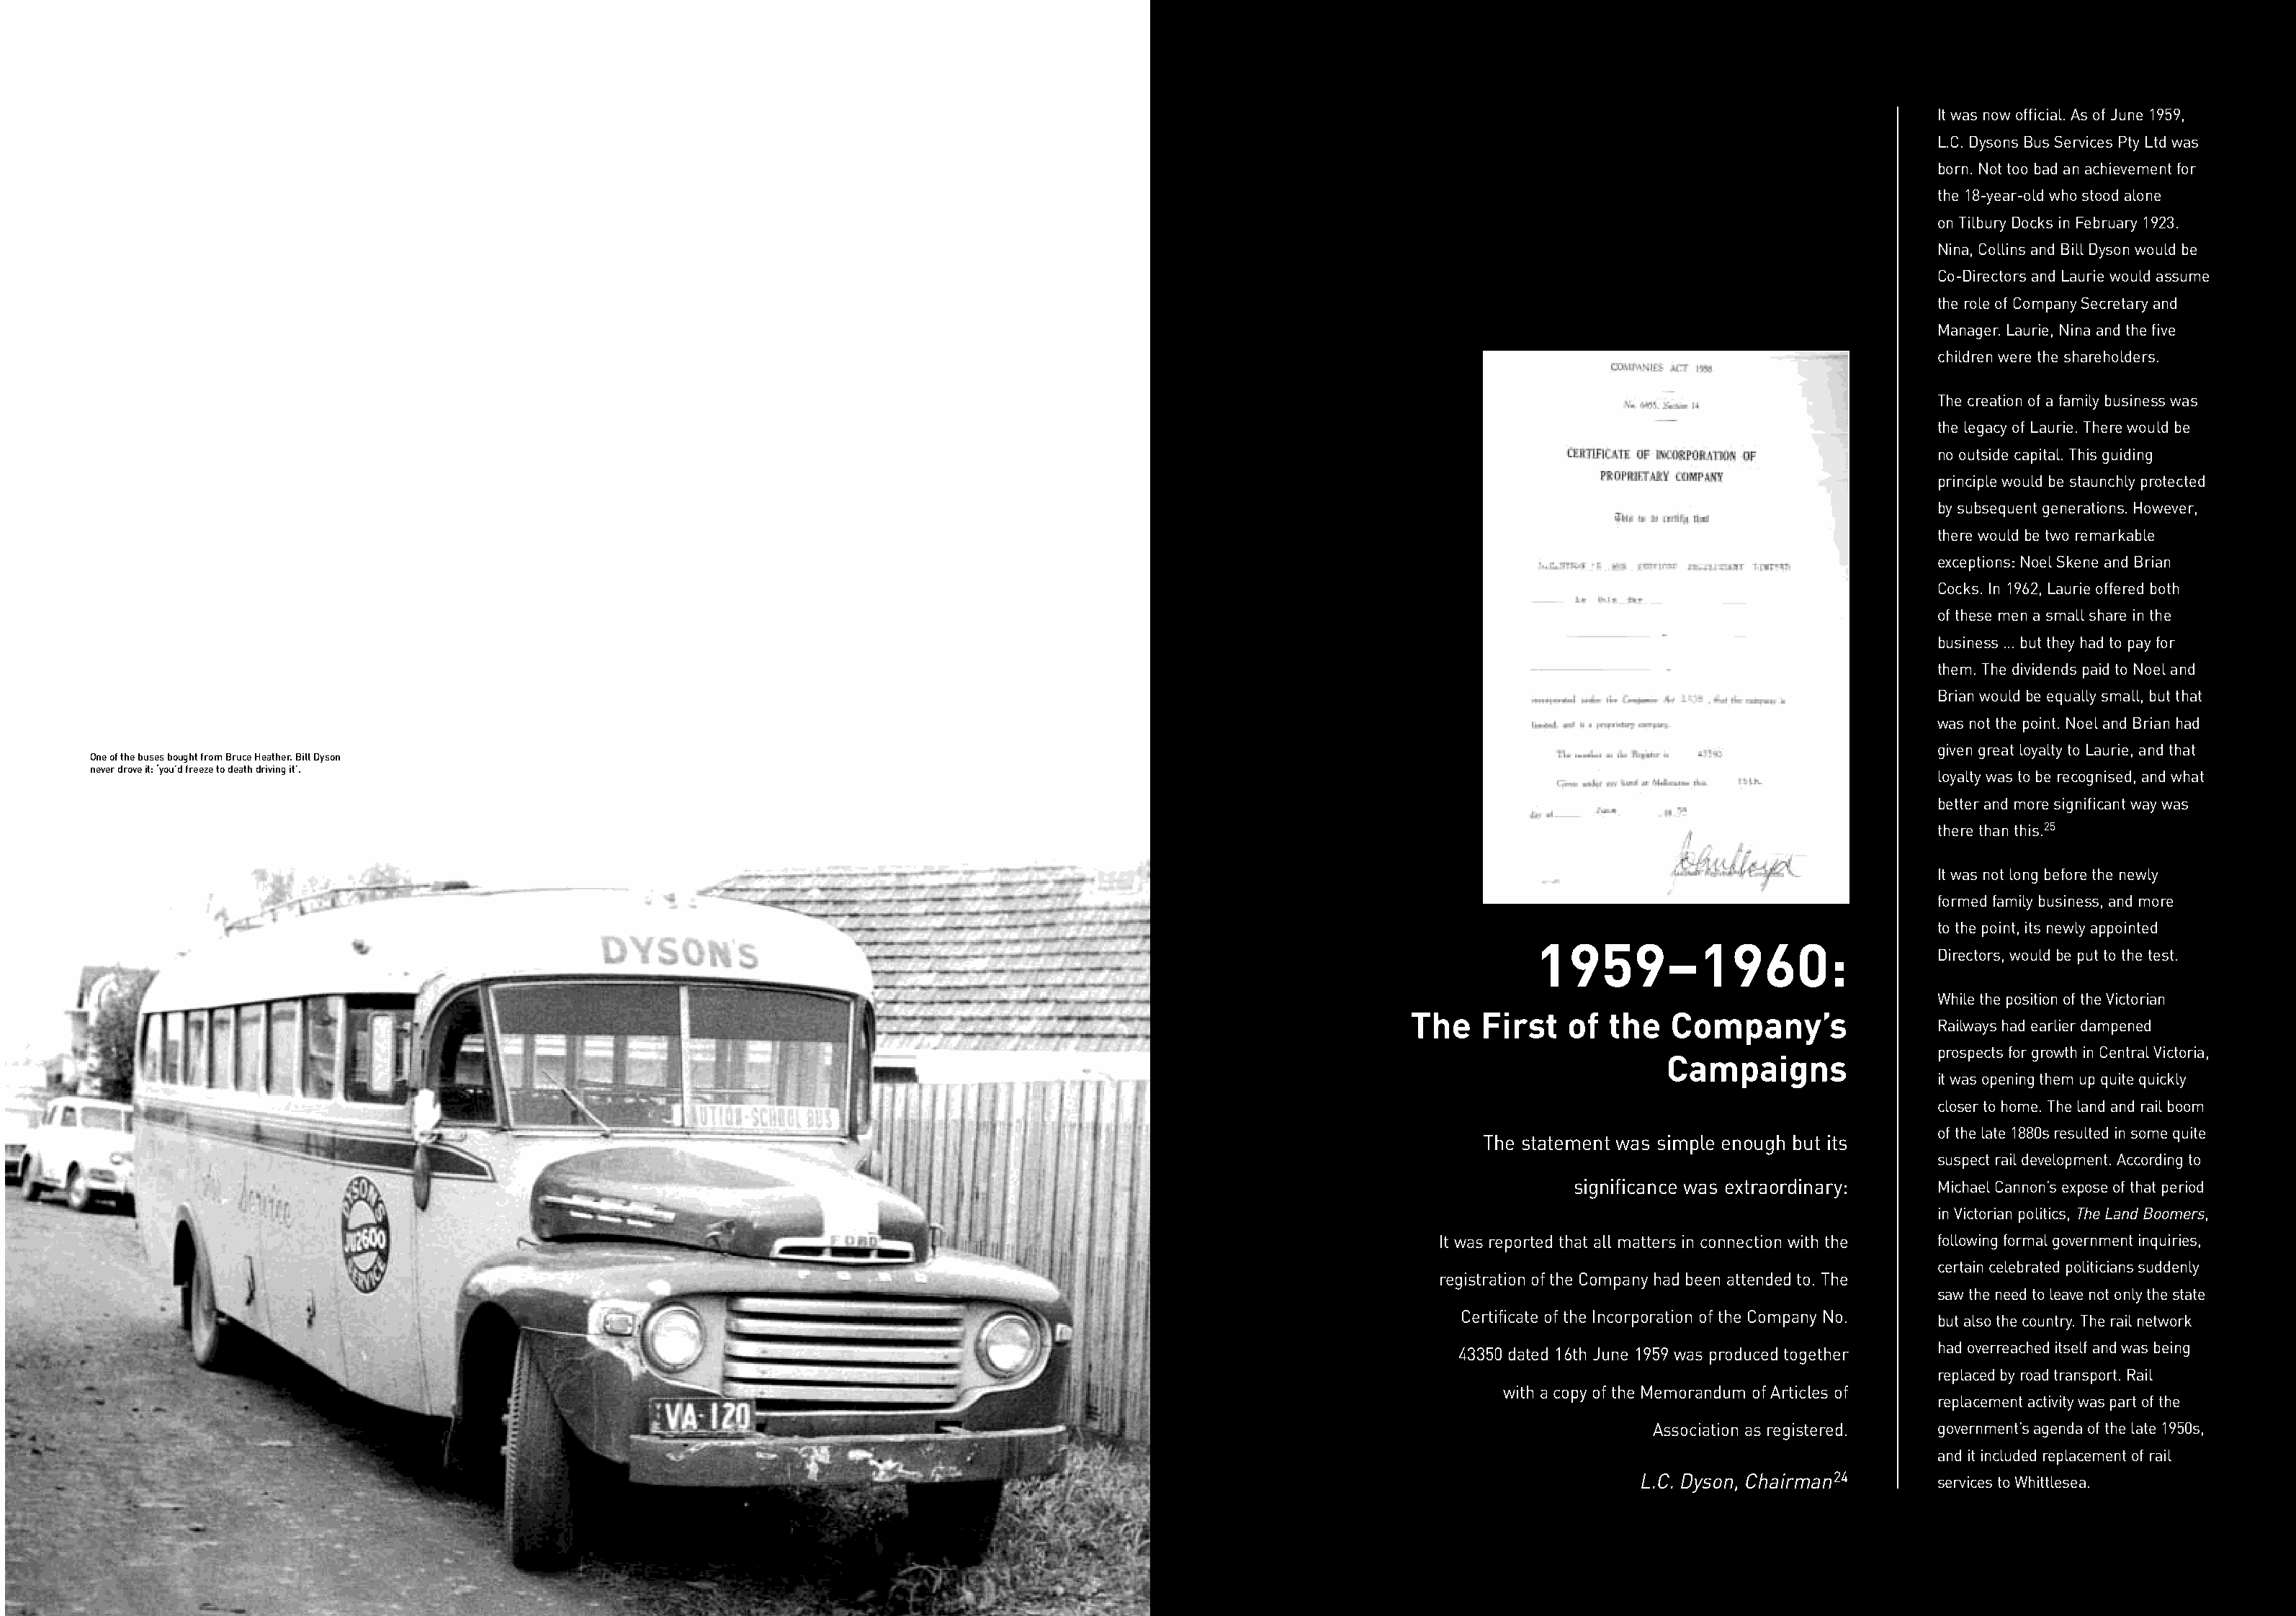
It was now official. As of June 1959,
 L.C. Dysons Bus Services Pty Ltd was
 born. Not too bad an achievement for
 the 18-year-old who stood alone
 on Tilbury Docks in February 1923.
 Nina, Collins and Bill Dyson would be
 Co-Directors and Laurie would assume
 the role of Company Secretary and
 Manager. Laurie, Nina and the five
 children were the shareholders.
 The creation of a family business was
 the legacy of Laurie. There would be
 no outside capital. This guiding
 principle would be staunchly protected
 by subsequent generations. However,
 there would be two remarkable
 exceptions: Noel Skene and Brian
 Cocks. In 1962, Laurie offered both
 of these men a small share in the
 business … but they had to pay for
 them. The dividends paid to Noel and
 Brian would be equally small, but that
 was not the point. Noel and Brian had
 given great loyalty to Laurie, and that
 One of the buses bought from Bruce Heather. Bill Dyson
 never drove it: ‘you’d freeze to death driving it’.
 loyalty was to be recognised, and what
 better and more significant way was
 there than this.25
 It was not long before the newly
 formed family business, and more
 to the point, its newly appointed
 1959–1960:
 Directors, would be put to the test.
 While the position of the Victorian
 The   First   of  the   Company’s
 Railways had earlier dampened
 prospects for growth in Central Victoria,
 Campaigns
 it was opening them up quite quickly
 closer to home. The land and rail boom
 of the late 1880s resulted in some quite
 The statement was simple enough but its
 suspect rail development. According to
 significance was extraordinary:  Michael Cannon’s expose of that period
 in Victorian politics, The Land Boomers,
 It was reported that all matters in connection with the following formal government inquiries,
 certain celebrated politicians suddenly
 registration of the Company had been attended to. The
 saw the need to leave not only the state
 Certificate of the Incorporation of the Company No.
 but also the country. The rail network
 had overreached itself and was being
 43350 dated 16th June 1959 was produced together
 replaced by road transport. Rail
 with a copy of the Memorandum of Articles of
 replacement activity was part of the
 Association as registered. government’s agenda of the late 1950s,
 and it included replacement of rail
 L.C. Dyson, Chairman24     services to Whittlesea.
 m o v i n g w i t h t h e t i m e s 3 5